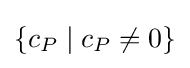
\{c_{P}\mid c_{P}\neq 0\}